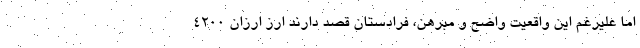
اما علیرغم این واقعیت واضح و مبرهن، فرادستان قصد دارند ارز ارزان ۴۲۰۰